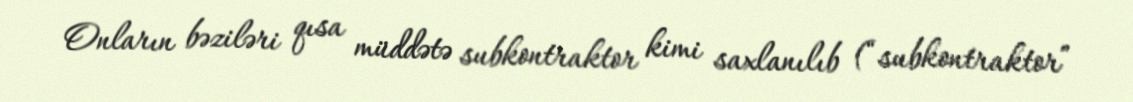
Onların bəziləri qısa müddətə subkontraktor kimi saxlanılıb (“subkontraktor”